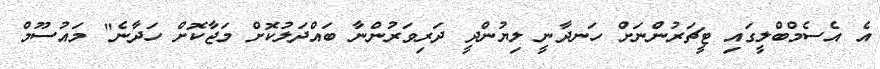
އެ އެސެމްބްލީގައި ޓީޗަރުންނަށް ހަނދާނީ ލިޔުންދީ ދަރިވަރުންނާ ބައްދަލުކޮށް މަޖާކޮށް ހަދާނެ" މައުސޫމް